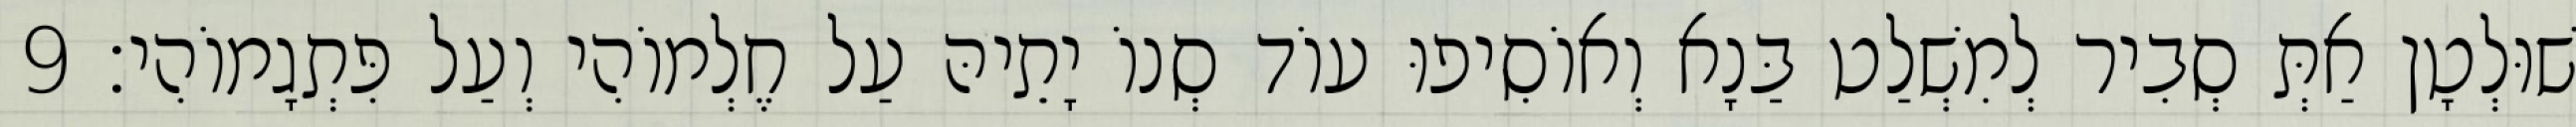
שׁוּלְטָן אַתְּ סְבִיר לְמִשְׁלַט בַּנָא וְאוֹסִיפוּ עוֹד סְנוֹ יָתֵיהּ עַל חֶלְמוֹהִי וְעַל פִּתְגָמוֹהִי׃ 9